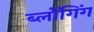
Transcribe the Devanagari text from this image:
ब्लोंगिंग